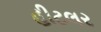
હીટલર